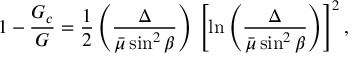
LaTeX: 1 - { \frac { G _ { c } } { G } } = { \frac { 1 } { 2 } } \left( { \frac { \Delta } { \bar { \mu } \sin ^ { 2 } \beta } } \right) \, \left[ \ln \left( { \frac { \Delta } { \bar { \mu } \sin ^ { 2 } \beta } } \right) \right] ^ { 2 } ,